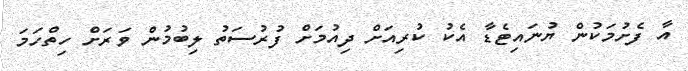
އާ ފެށުމަކުން ޔުނައިޓެޑާ އެކު ކުރިއަށް ދިއުމަށް ފުރުސަތު ލިބުމުން ވަރަށް ހިތްހަމަ